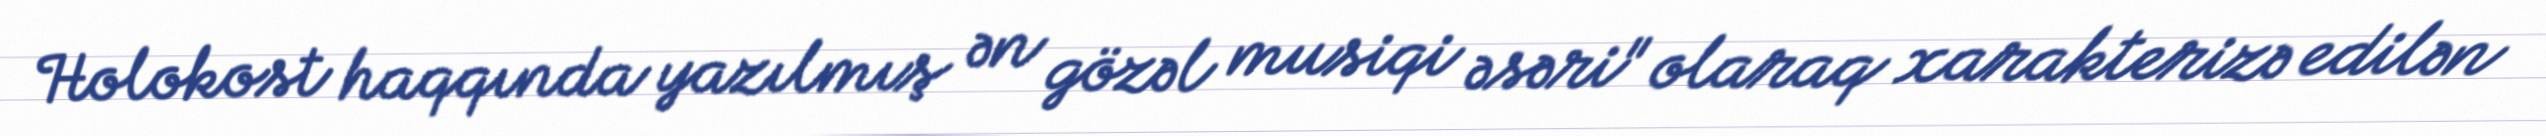
Holokost haqqında yazılmış ən gözəl musiqi əsəri" olaraq xarakterizə edilən